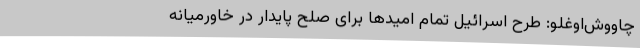
چاووش‌اوغلو: طرح اسرائیل تمام امیدها برای صلح پایدار در خاورمیانه